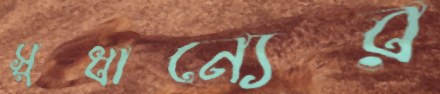
সুধান্যের